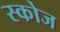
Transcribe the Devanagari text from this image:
स्कोज